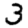
Digit: 3